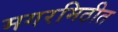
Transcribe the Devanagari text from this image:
मगरमिठीत